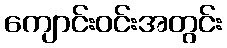
ကျောင်းဝင်းအတွင်း